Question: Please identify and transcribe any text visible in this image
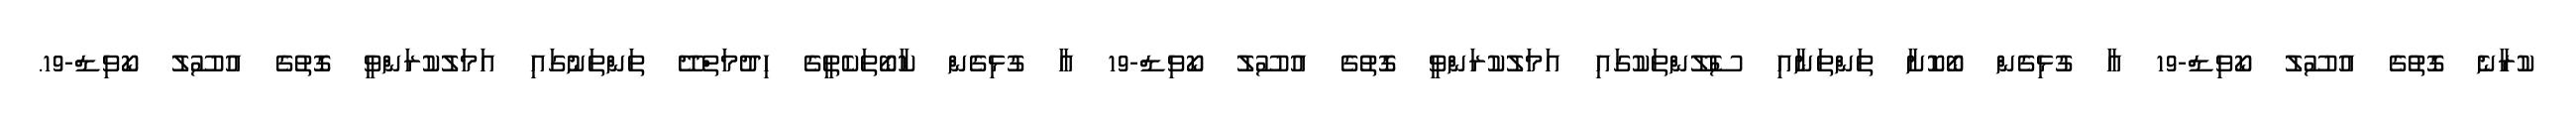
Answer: ކުރާނެ ގޮތުގެ އުސޫލު ކޯވިޑް-19 އާ ގުޅިގެން ބޯކޮށާ ތަންތަނާއި ސެލޫންތަކުގައި އަމަލުކުރަންވީ ގޮތުގެ އުސޫލު ކޯވިޑް-19 އާ ގުޅިގެން ކާބޯތަކެތީގެ ހިދުމަތްދޭ ތަންތަނުގައި އަމަލުކުރަންވީ ގޮތުގެ އުސޫލު ކޯވިޑް-19.